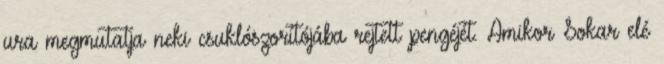
ura megmutatja neki csuklószorítójába rejtett pengéjét. Amikor Sokar elé